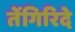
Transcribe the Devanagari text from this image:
तेंगिरिदे